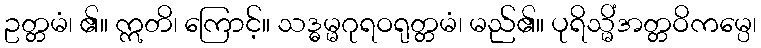
ဥတ္တမံ၊ ၏။ ဣတိ၊ ကြောင့်။ သဒ္ဓမ္မဂုရဝရုတ္တမံ၊ မည်၏။ ပုရိသ္မိံအတ္တဝိကမ္ပေ၊